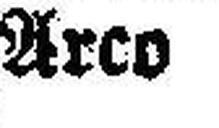
Arco